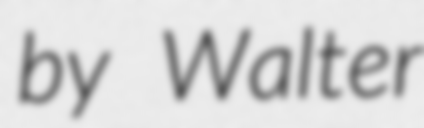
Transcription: by Walter